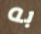
به